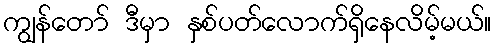
ကျွန်တော် ဒီမှာ နှစ်ပတ်လောက်ရှိနေလိမ့်မယ်။